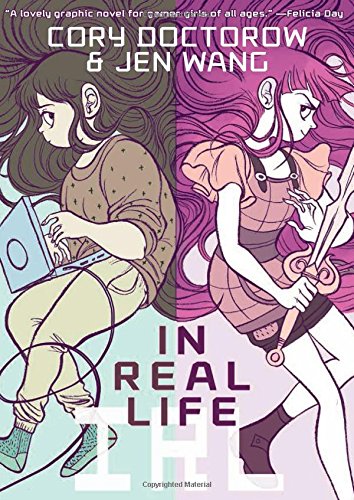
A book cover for In Real Life; Cory Doctorow; Teen & Young Adult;